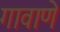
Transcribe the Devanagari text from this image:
गावाणे